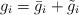
LaTeX: \begin{align*}g_i = \bar g_{i} +\tilde g_i\end{align*}